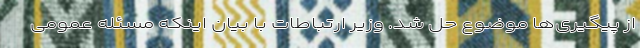
از پیگیری‌ها موضوع حل شد. وزیر ارتباطات با بیان اینکه مسئله عمومی